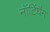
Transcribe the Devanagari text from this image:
नॉटिंघैम